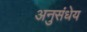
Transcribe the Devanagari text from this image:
अनुसंधेय